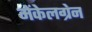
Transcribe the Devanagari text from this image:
मेंकेलग्रेन